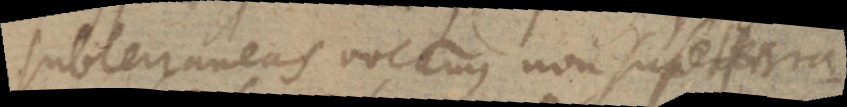
subterraneas vocamus non subterra